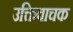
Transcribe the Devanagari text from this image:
उक्तिवाचक